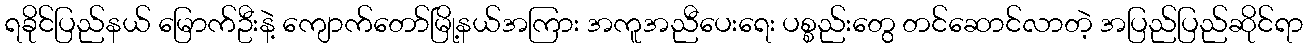
ရခိုင်ပြည်နယ် မြောက်ဦးနဲ့ ကျောက်တော်မြို့နယ်အကြား အကူအညီပေးရေး ပစ္စည်းတွေ တင်ဆောင်လာတဲ့ အပြည်ပြည်ဆိုင်ရာ